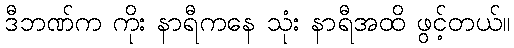
ဒီဘဏ်က ကိုး နာရီကနေ သုံး နာရီအထိ ဖွင့်တယ်။